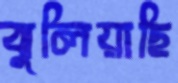
ঝুলিয়াছি